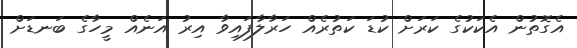
އެގޮތުން އެކަކުގެ ކަރަށް ކުޑަ ކަތުރެއް ހަރާލާފައިވާ އިރު އަނެއް މީހާގެ ބަނޑަށް